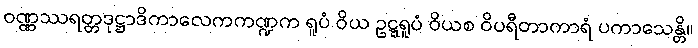
ဝဏ္ဏဿရတ္တဒုဋ္ဌာဒိကာလေကကဏ္ဍက ရူပံ ဝိယ ဥဋ္ဋရူပံ ဝိယစ ဝိပရီတာကာရံ ပကာသေန္တိ။